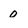
Character: 0